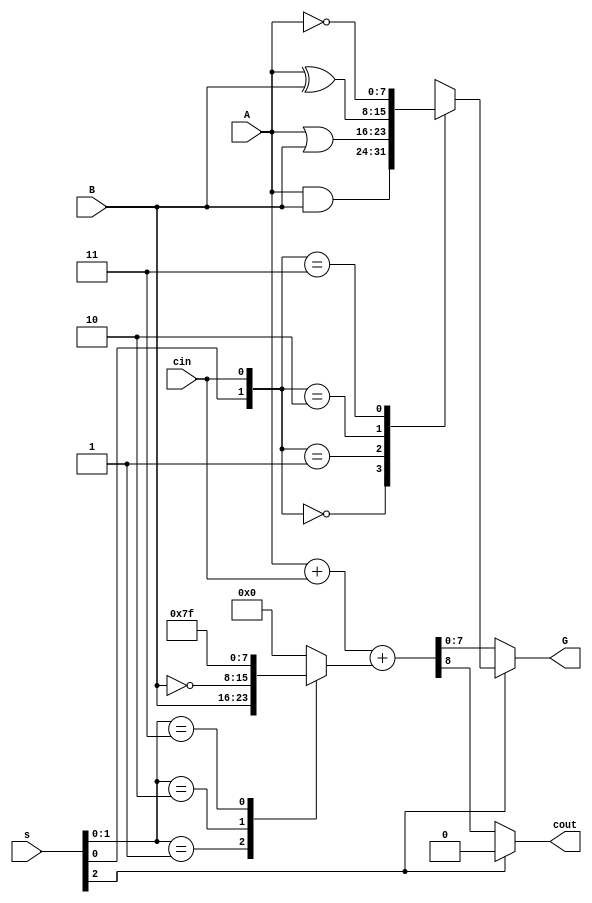
module alu(input [7:0] A, input [7:0] B, input [2:0] s,output reg [7:0] G, input cin, output reg cout);
	wire [3:0] ALU_Sel;
	reg [8:0] sol;
	assign ALU_Sel = {s,cin};
	reg [7:0] tmp;
always @(*) begin
	G = 7'b00000000;
	sol = 8'b000000000;
	cout = 0;
	if(ALU_Sel[3]) begin
		case(ALU_Sel[1:0])
			2'b00: G = A & B;
			2'b01: G = A | B;
			2'b10: G = A ^ B;
			2'b11: G = ~A;
			default:  G = 7'b00000000;
		endcase
	end else begin
		case(ALU_Sel[2:1])
			2'b00: tmp = 7'b0000000;
			2'b01: tmp = B;
			2'b10: tmp = ~B;
			2'b11: tmp = 7'b1111111;
			default: tmp = 7'b00000000;
		endcase
		sol = A + cin + tmp;
		cout = sol[8];
		G = sol[7:0];
	end
end
endmodule